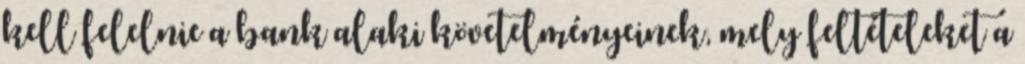
kell felelnie a bank alaki követelményeinek, mely feltételeket a